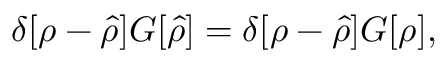
\begin{array} { r } { \delta [ \rho - \hat { \rho } ] G [ \hat { \rho } ] = \delta [ \rho - \hat { \rho } ] G [ \rho ] , } \end{array}